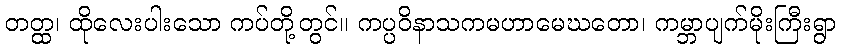
တတ္ထ၊ ထိုလေးပါးသော ကပ်တို့တွင်။ ကပ္ပဝိနာသကမဟာမေဃတော၊ ကမ္ဘာပျက်မိုးကြီးရွာ